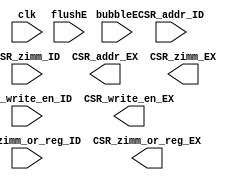
`timescale 1ns / 1ps
// 
    // 

module CSR_EX(
    input wire clk, bubbleE, flushE,
    input wire [11:0] CSR_addr_ID,
    input wire [31:0] CSR_zimm_ID,
    input wire CSR_zimm_or_reg_ID,
    input wire CSR_write_en_ID,
    output reg [11:0] CSR_addr_EX,
    output reg [31:0] CSR_zimm_EX,
    output reg CSR_zimm_or_reg_EX,
    output reg CSR_write_en_EX
    );

    // TODO: Complete this module

    /* FIXME: Write your code here... */

endmodule